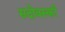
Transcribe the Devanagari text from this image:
सदोवस्की